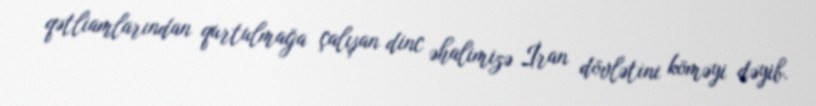
qətliamlarından qurtulmağa çalışan dinc əhalimizə İran dövlətini köməyi dəyib.